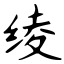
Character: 绫